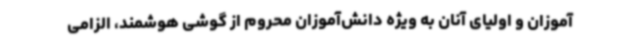
آموزان و اولیای آنان به ویژه دانش‌آموزان محروم از گوشی هوشمند، الزامی